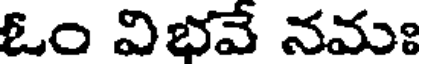
ఓం విభవే నమః